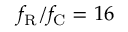
f _ { \mathrm { R } } / f _ { \mathrm { C } } = 1 6